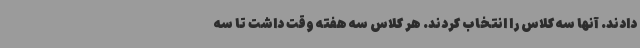
دادند. آنها سه کلاس را انتخاب کردند. هر کلاس سه هفته وقت داشت تا سه